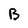
Character: B